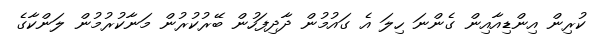
ކުރިން އިންޑިއާއިން ގެންނަ ހިލަ އެ ގައުމުން ދާދިފަހުން ބޭރުކުރުން މަނާކުރުމުން ލަންކާގެ